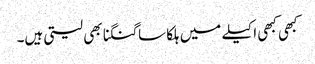
کبھی کبھی اکیلے میں ہلکا سا گنگنا بھی لیتی ہیں۔